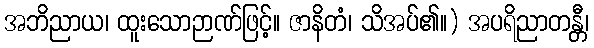
အဘိညာယ၊ ထူးသောဉာဏ်ဖြင့်။ ဇာနိတံ၊ သိအပ်၏။) အပရိညာတန္တီ၊